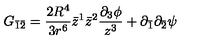
G _ { \bar { 1 } \bar { 2 } } = \frac { 2 R ^ { 4 } } { 3 r ^ { 6 } } \bar { z } ^ { 1 } \bar { z } ^ { 2 } \frac { \partial _ { 3 } \phi } { z ^ { 3 } } + \partial _ { \bar { 1 } } \partial _ { \bar { 2 } } \psi